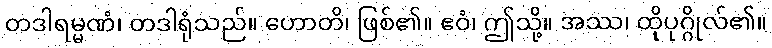
တဒါရမ္မဏံ၊ တဒါရုံသည်။ ဟောတိ၊ ဖြစ်၏။ ဧဝံ၊ ဤသို့။ အဿ၊ ထိုပုဂ္ဂိုလ်၏။